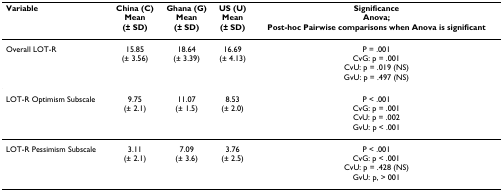
| Variable | China (C)Mean(± SD) | Ghana (G)Mean(± SD) | US (U)Mean(± SD) | SignificanceAnova;Post-hoc Pairwise comparisons when Anova is significant |
 | --- | --- | --- | --- | --- |
 | Overall LOT-R | 15.85(± 3.56) | 18.64(± 3.39) | 16.69(± 4.13) | P = .001CvG: p = .001CvU: p = .019 (NS)GvU: p = .497 (NS) |
 | LOT-R Optimism Subscale | 9.75(± 2.1) | 11.07(± 1.5) | 8.53(± 2.0) | P < .001CvG: p = .001CvU: p = .002GvU: p < .001 |
 | LOT-R Pessimism Subscale | 3.11(± 2.1) | 7.09(± 3.6) | 3.76(± 2.5) | P < .001CvG: p < .001CvU: p = .428 (NS)GvU: p, > 001 |